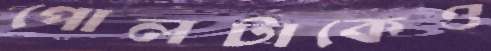
পোলটাকেও